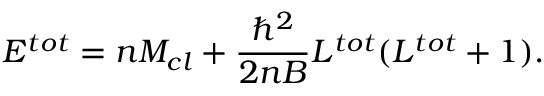
E ^ { t o t } = n M _ { c l } + \frac { \hbar ^ { 2 } } { 2 n B } L ^ { t o t } ( L ^ { t o t } + 1 ) .